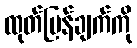
ထုတ်ပြန်ချက်ကို